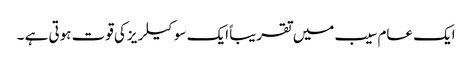
ایک عام سیب میں تقریبا ًایک سو کیلریزکی قوت ہوتی ہے ۔